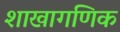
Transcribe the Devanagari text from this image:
शाखागणिक